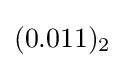
(0.011)_{2}